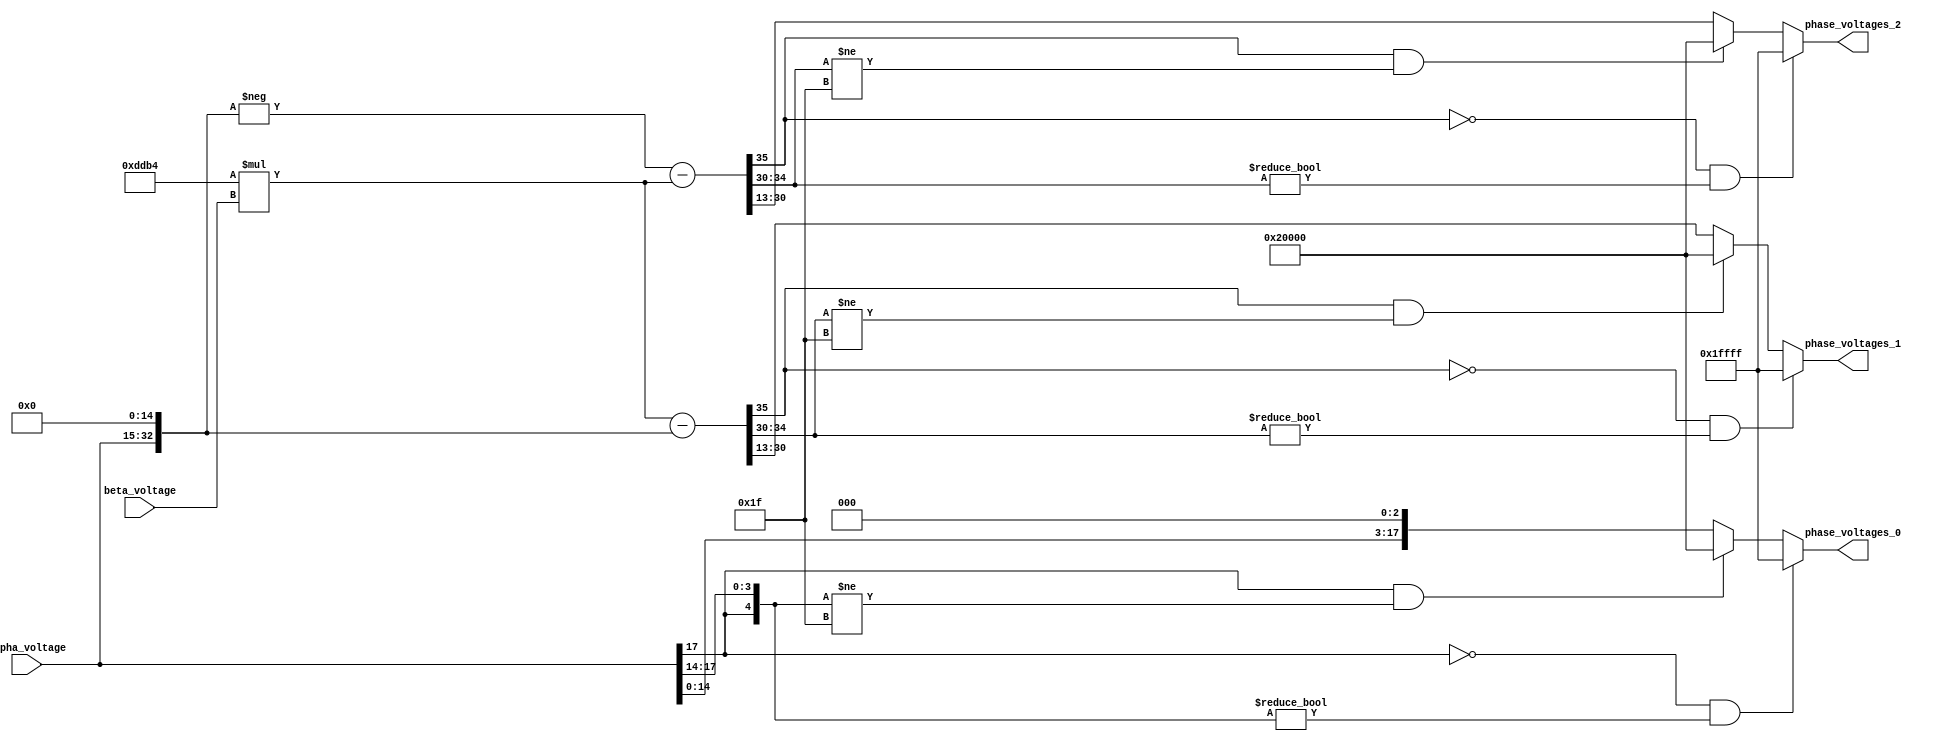
module velocityControlHdl_Inverse_Clarke_Transform
          (
           alpha_voltage,
           beta_voltage,
           phase_voltages_0,
           phase_voltages_1,
           phase_voltages_2
          );
  input   signed [17:0] alpha_voltage;  
  input   signed [17:0] beta_voltage;  
  output  signed [17:0] phase_voltages_0;  
  output  signed [17:0] phase_voltages_1;  
  output  signed [17:0] phase_voltages_2;  
  wire signed [35:0] voltage_phase_a;  
  wire signed [35:0] Gain1_out1;  
  wire signed [35:0] Gain_out1;  
  wire signed [35:0] voltage_phase_b;  
  wire signed [37:0] Add1_cast;  
  wire signed [37:0] Add1_cast_1;  
  wire signed [37:0] Add1_sub_cast;  
  wire signed [37:0] Add1_sub_temp;  
  wire signed [35:0] voltage_phase_c;  
  wire signed [35:0] Mux_out1 [0:2];  
  wire signed [17:0] Current_Data_Type_out1 [0:2];  
  assign voltage_phase_a = {{2{alpha_voltage[17]}}, {alpha_voltage, 16'b0000000000000000}};
  assign Gain1_out1 = 56756 * beta_voltage;
  assign Gain_out1 = {{3{alpha_voltage[17]}}, {alpha_voltage, 15'b000000000000000}};
  assign voltage_phase_b = Gain1_out1 - Gain_out1;
  assign Add1_cast = Gain_out1;
  assign Add1_cast_1 =  - (Add1_cast);
  assign Add1_sub_cast = Gain1_out1;
  assign Add1_sub_temp = Add1_cast_1 - Add1_sub_cast;
  assign voltage_phase_c = Add1_sub_temp[35:0];
  assign Mux_out1[0] = voltage_phase_a;
  assign Mux_out1[1] = voltage_phase_b;
  assign Mux_out1[2] = voltage_phase_c;
  assign Current_Data_Type_out1[0] = ((Mux_out1[0][35] == 1'b0) && (Mux_out1[0][34:30] != 5'b00000) ? 18'sb011111111111111111 :
              ((Mux_out1[0][35] == 1'b1) && (Mux_out1[0][34:30] != 5'b11111) ? 18'sb100000000000000000 :
              $signed(Mux_out1[0][30:13])));
  assign Current_Data_Type_out1[1] = ((Mux_out1[1][35] == 1'b0) && (Mux_out1[1][34:30] != 5'b00000) ? 18'sb011111111111111111 :
              ((Mux_out1[1][35] == 1'b1) && (Mux_out1[1][34:30] != 5'b11111) ? 18'sb100000000000000000 :
              $signed(Mux_out1[1][30:13])));
  assign Current_Data_Type_out1[2] = ((Mux_out1[2][35] == 1'b0) && (Mux_out1[2][34:30] != 5'b00000) ? 18'sb011111111111111111 :
              ((Mux_out1[2][35] == 1'b1) && (Mux_out1[2][34:30] != 5'b11111) ? 18'sb100000000000000000 :
              $signed(Mux_out1[2][30:13])));
  assign phase_voltages_0 = Current_Data_Type_out1[0];
  assign phase_voltages_1 = Current_Data_Type_out1[1];
  assign phase_voltages_2 = Current_Data_Type_out1[2];
endmodule